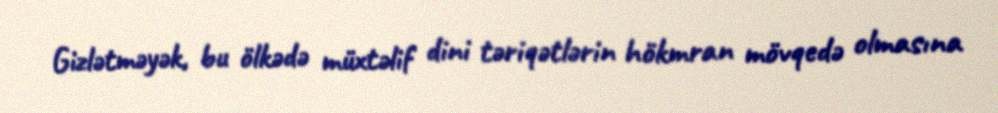
Gizlətməyək, bu ölkədə müxtəlif dini təriqətlərin hökmran mövqedə olmasına